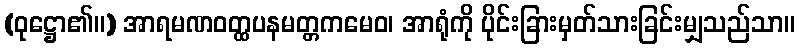
(ဝုဋ္ဌော၏။) အာရမဏဝတ္ထပနမတ္တကမေဝ၊ အာရုံကို ပိုင်းခြားမှတ်သားခြင်းမျှသည်သာ။